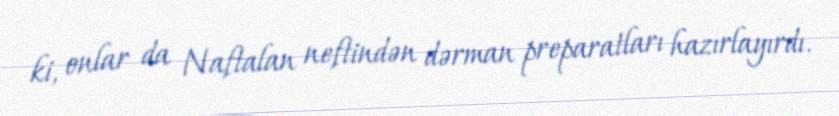
ki, onlar da Naftalan neftindən dərman preparatları hazırlayırdı.